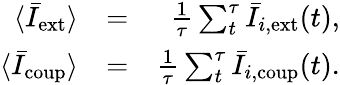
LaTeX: \begin{array}{rlr}{\langle\bar{I}_{\mathrm{ext}}\rangle}&{=}&{\frac{1}{\tau}\sum_{t}^{\tau}\bar{I}_{i,\mathrm{ext}}(t),}\\ {\langle\bar{I}_{\mathrm{coup}}\rangle}&{=}&{\frac{1}{\tau}\sum_{t}^{\tau}\bar{I}_{i,\mathrm{coup}}(t).}\end{array}